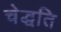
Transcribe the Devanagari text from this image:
चेद्धति